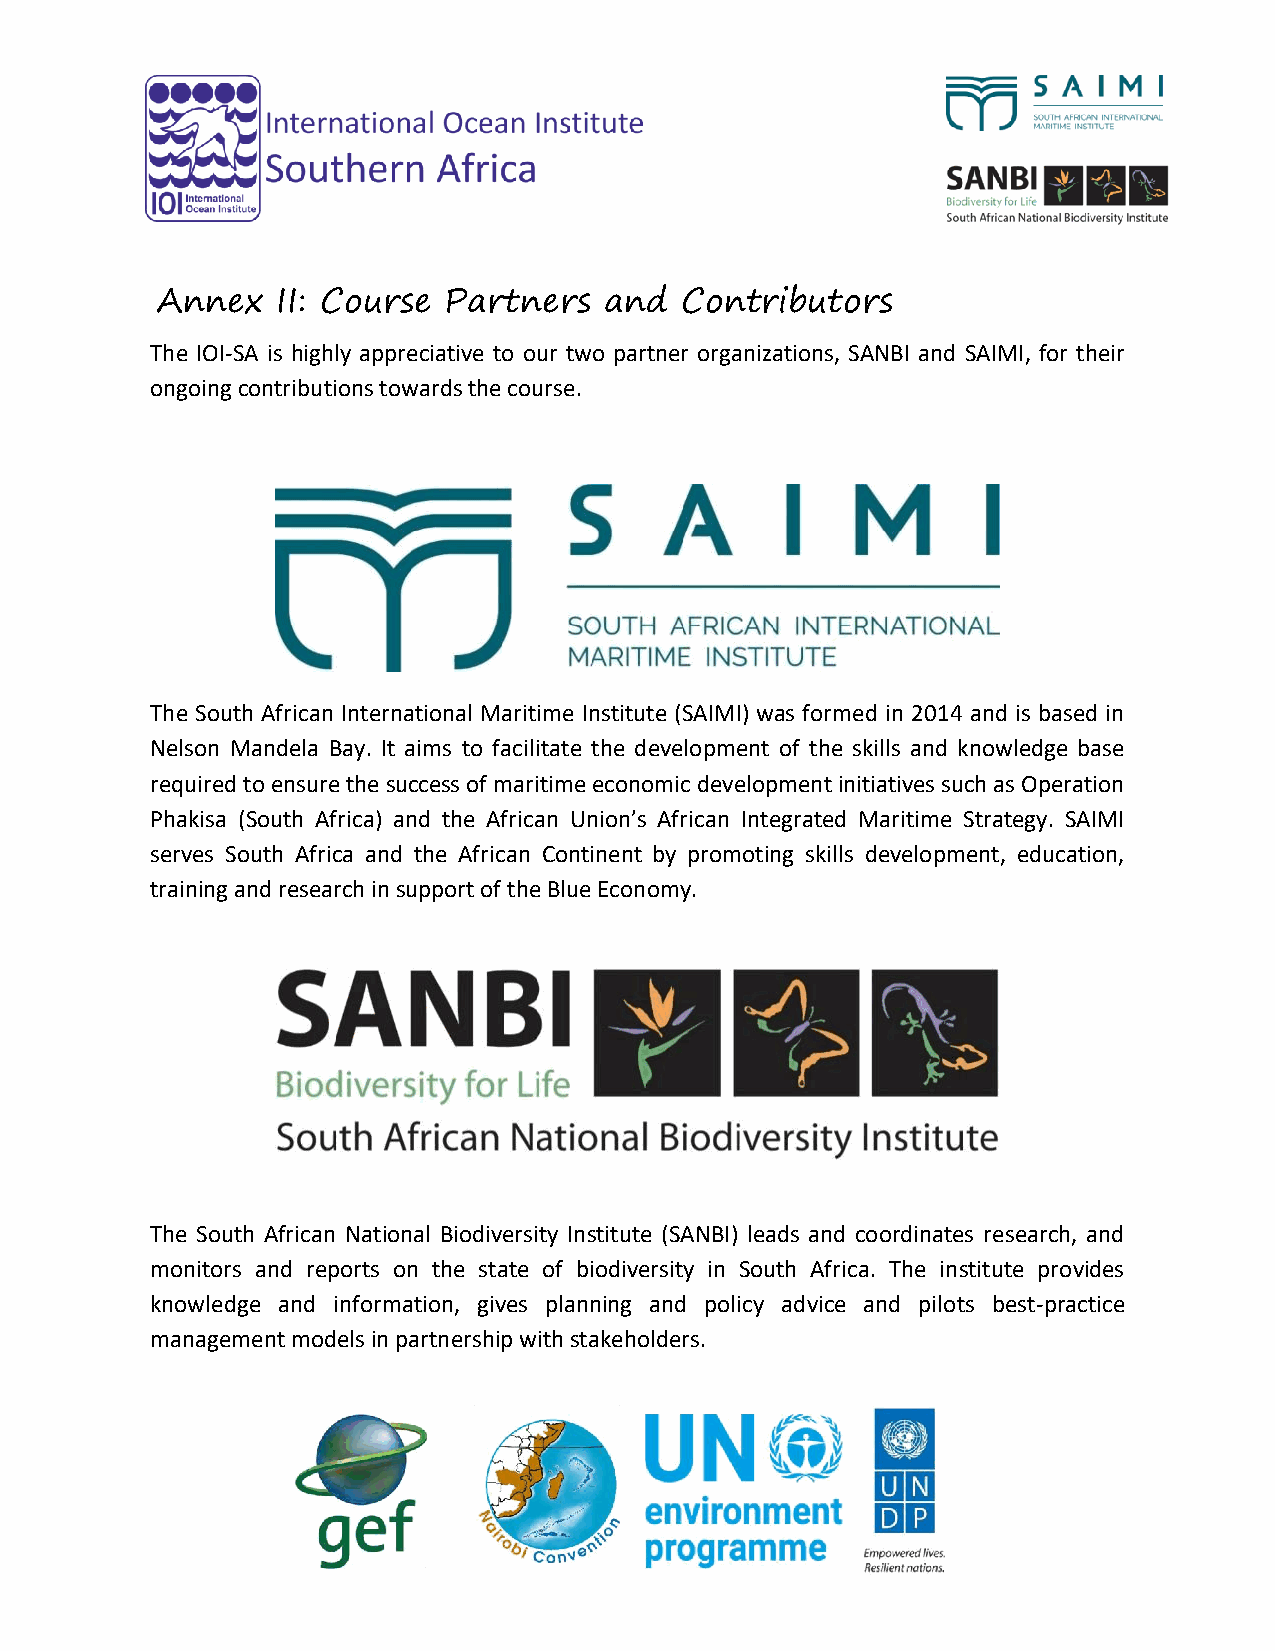
Annex   II: Course Partners   and  Contributors
 The IOI-SA is highly appreciative to our two partner organizations, SANBI and SAIMI, for their
 ongoing contributions towards the course.
 The South African International Maritime Institute (SAIMI) was formed in 2014 and is based in
 Nelson Mandela Bay. It aims to facilitate the development of the skills and knowledge base
 required to ensure the success of maritime economic development initiatives such as Operation
 Phakisa (South Africa) and the African Union’s African Integrated Maritime Strategy. SAIMI
 serves South Africa and the African Continent by promoting skills development, education,
 training and research in support of the Blue Economy.
 The South African National Biodiversity Institute (SANBI) leads and coordinates research, and
 monitors and reports on the state of biodiversity in South Africa. The institute provides
 knowledge and information, gives planning and policy advice and pilots best-practice
 management models in partnership with stakeholders.